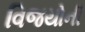
વિજયોની